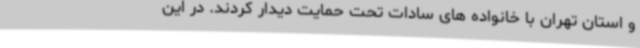
و استان تهران با خانواده های سادات تحت حمایت دیدار کردند. در این